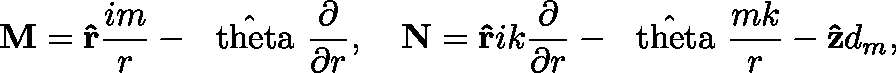
{ \bf M } = { \bf \hat { r } } { \frac { i m } { r } } - \mathrm { \boldmath { ~ \hat { \ t h e t a } ~ } } { \frac { \partial } { \partial r } } , \quad { \bf N } = { \bf \hat { r } } i k { \frac { \partial } { \partial r } } - \mathrm { \boldmath { ~ \hat { \ t h e t a } ~ } } { \frac { m k } { r } } - { \bf \hat { z } } d _ { m } ,